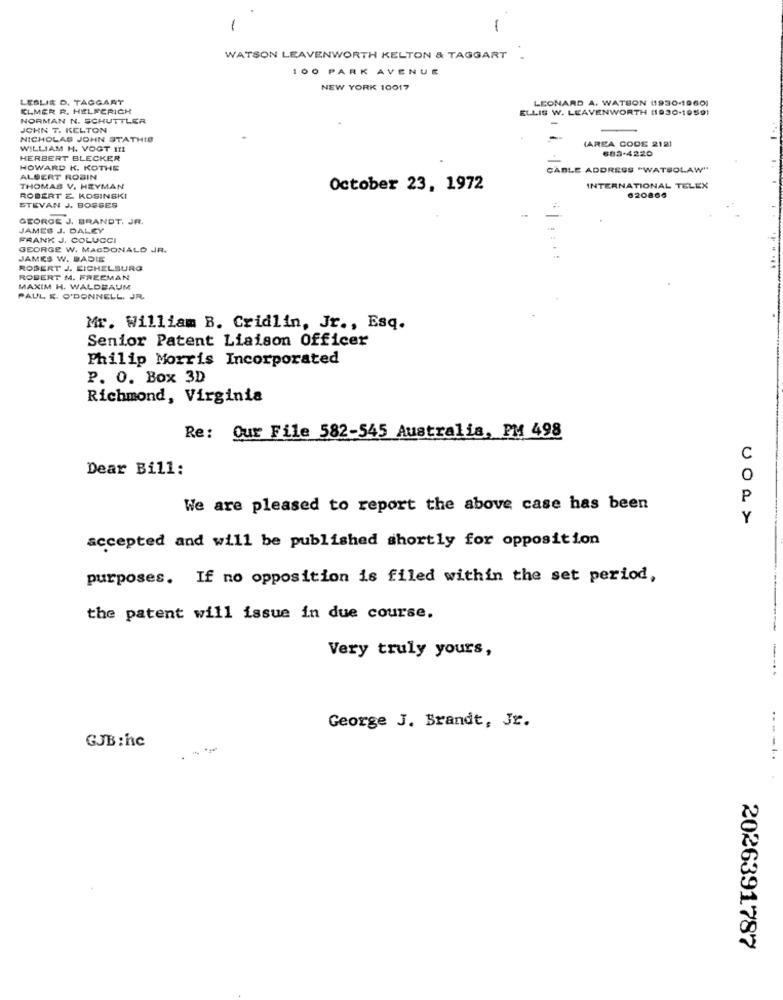
1
1
WATSON LEAVENWORTH KELTON & TAGGART
100 PARK AVENUE
NEW YORK 10017
LESLIE D. TAGGART
LEONARD A. WATSON 11930-19601
CLMER R. HELFERICH
ELLIS W. LEAVENWORTH (1930-1959)
NORMAN N. SCHUTTLER
JOHN 7. KELTON
NICHOLAS JOHN STATHIS
(AREA CODE 2121
WILLIAM H. VOGT 111
683-4220
HERBERT BLECKER
HOWARD K. KOTHE
CABLE ADDRESS "WATSOLAW"
ALBERT ROBIN
THOMAS V. HEYMAN
October 23, 1972
INTERNATIONAL TELEX
STEVAN J. BOSSES
ROBERT & KOSINSKI
620866
-
GEORGE J. BRANDT, JR.
JAMES J. DALEY
FRANK J. COLUCCI
GEORGE W. MACDONALD JR.
JAMES W. DADIE
ROBERT J. EICHELSURG
ROBERT M. FREEMAN
MAXIM H. WALDBAUM
PAUL &. O'DONNELL. JR.
Mr. William B. Cridlin, Jr ., Esq.
Senior Patent Liaison Officer
Philip Morris Incorporated
P. O. Box 3D
Richmond, Virginia
Re: Our File 582-545 Australia, PM 498
C
Dear Bill:
0
P
We are pleased to report the above case has been
Y
accepted and will be published shortly for opposition
purposes. If no opposition is filed within the set period,
the patent will issue in due course.
Very truly yours,
George J. Brandt, Jr.
GJB:hc
.---..
2026391787